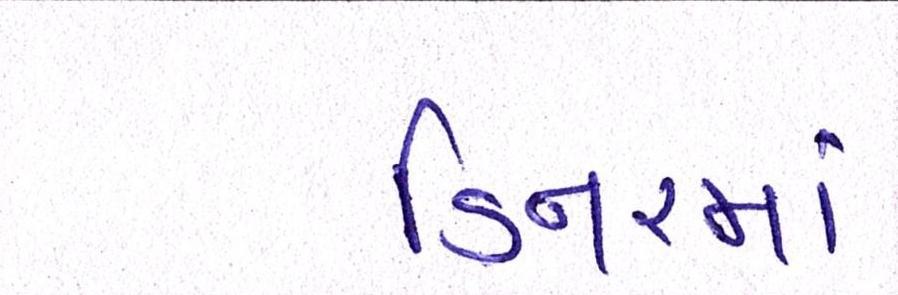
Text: ડિનરમાં